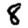
Digit: 8